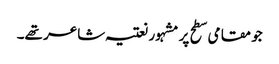
جو مقامی سطح پر مشہور نعتیہ شاعر تھے۔